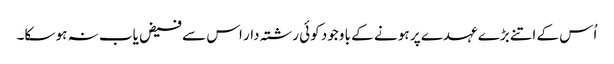
اُس کے اتنے بڑے عہدے پر ہو نے کے با وجود کوئی رشتہ دار اس سے فیض یاب نہ ہو سکا۔